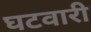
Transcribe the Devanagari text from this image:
घटवारी